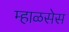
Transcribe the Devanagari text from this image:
म्हाळसेस